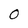
Character: O